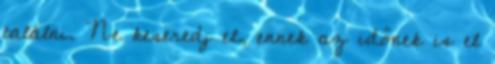
találni. Ne keseredj el, ennek az időnek is el